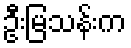
ဦးမြသန်းက